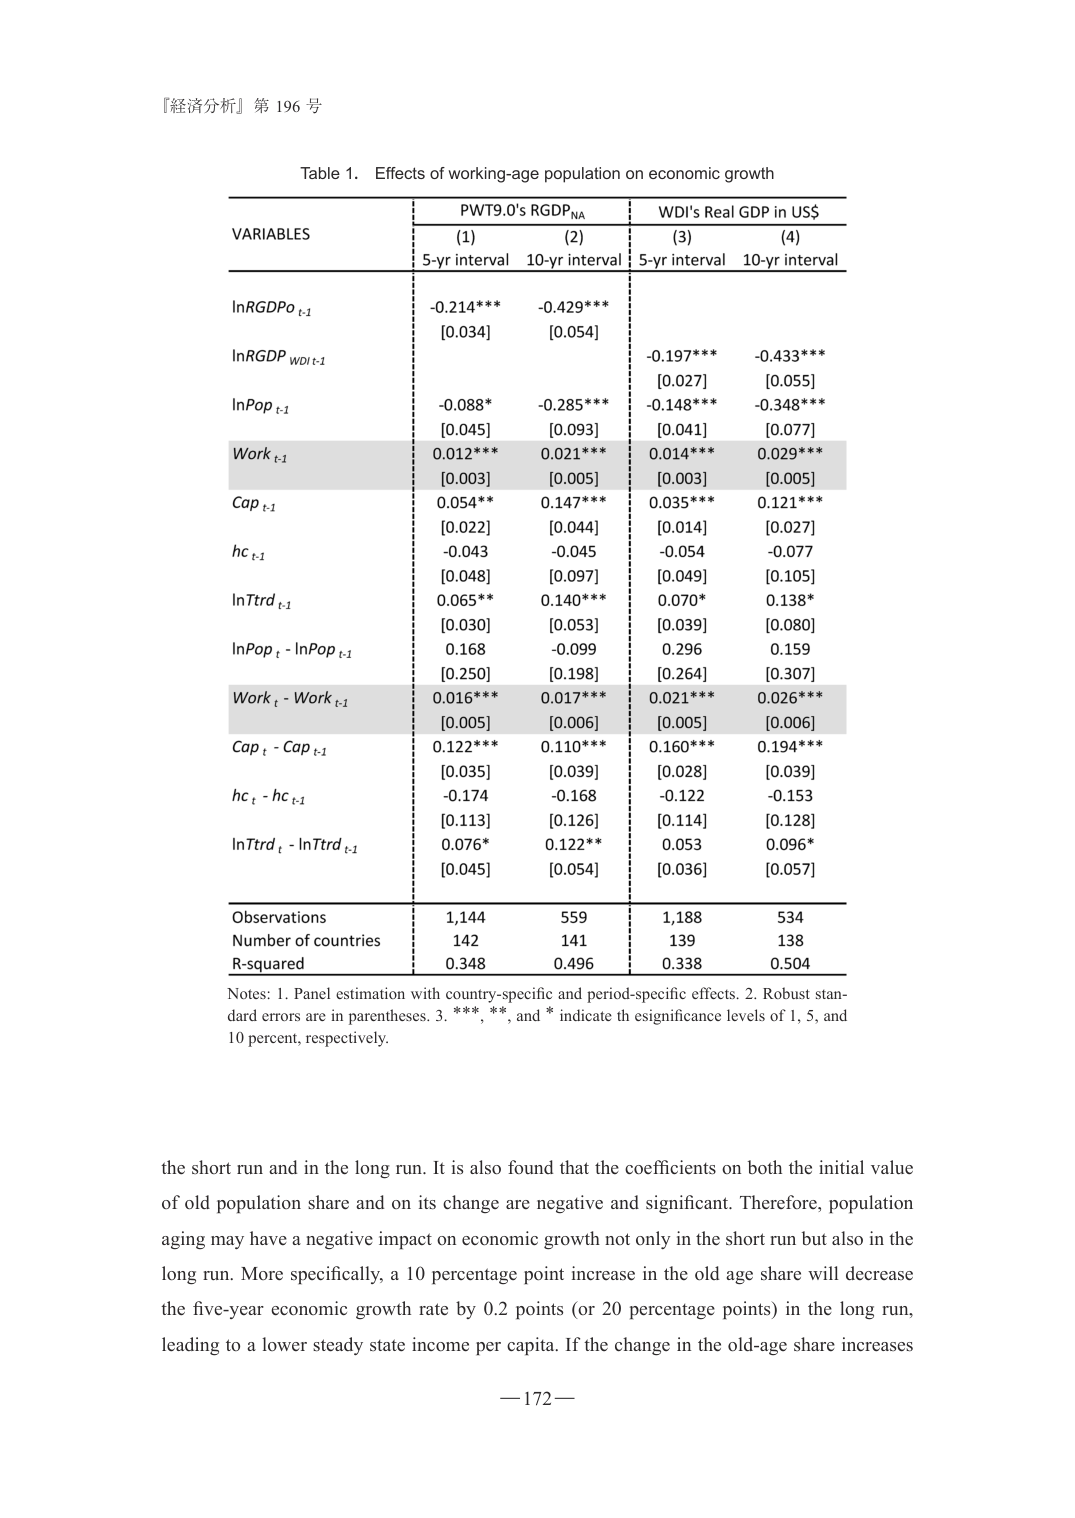
『経済分析』第 196 号

Table 1. Effects of working-age population on economic growth

VARIABLES | PWT9.0's RGDP_NA | WDI's Real GDP in US$
--- | --- | ---
 | (1) 5-yr interval | (2) 10-yr interval | (3) 5-yr interval | (4) 10-yr interval

lnRGDPo t-1 | -0.214*** | -0.429*** | |
 | [0.034] | [0.054] | |

lnRGDP_WDI t-1 | | | -0.197*** | -0.433***
 | | | [0.027] | [0.055]

lnPop t-1 | -0.088* | -0.285*** | -0.148*** | -0.348***
 | [0.045] | [0.093] | [0.041] | [0.077]

Work t-1 | 0.012*** | 0.021*** | 0.014*** | 0.029***
 | [0.003] | [0.005] | [0.003] | [0.005]

Cap t-1 | 0.054** | 0.147*** | 0.035*** | 0.121***
 | [0.022] | [0.044] | [0.014] | [0.027]

hc t-1 | -0.043 | -0.045 | -0.054 | -0.077
 | [0.048] | [0.097] | [0.049] | [0.105]

lnTrd t-1 | 0.065** | 0.140*** | 0.070* | 0.138*
 | [0.030] | [0.053] | [0.039] | [0.080]

lnPop t - lnPop t-1 | 0.168 | -0.099 | 0.296 | 0.159
 | [0.250] | [0.198] | [0.264] | [0.307]

Work t - Work t-1 | 0.016*** | 0.017*** | 0.021*** | 0.026***
 | [0.005] | [0.006] | [0.005] | [0.006]

Cap t - Cap t-1 | 0.122*** | 0.110*** | 0.160*** | 0.194***
 | [0.035] | [0.039] | [0.028] | [0.039]

hc t - hc t-1 | -0.174 | -0.168 | -0.122 | -0.153
 | [0.113] | [0.126] | [0.114] | [0.128]

lnTrd t - lnTrd t-1 | 0.076* | 0.122** | 0.053 | 0.096*
 | [0.045] | [0.054] | [0.036] | [0.057]

Observations | 1,144 | 559 | 1,188 | 534
Number of countries | 142 | 141 | 139 | 138
R-squared | 0.348 | 0.496 | 0.338 | 0.504

Notes: 1. Panel estimation with country-specific and period-specific effects. 2. Robust standard errors are in parentheses. 3. ***, **, and * indicate the significance levels of 1, 5, and 10 percent, respectively.

the short run and in the long run. It is also found that the coefficients on both the initial value of old population share and on its change are negative and significant. Therefore, population aging may have a negative impact on economic growth not only in the short run but also in the long run. More specifically, a 10 percentage point increase in the old age share will decrease the five-year economic growth rate by 0.2 points (or 20 percentage points) in the long run, leading to a lower steady state income per capita. If the change in the old-age share increases

— 172 —